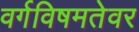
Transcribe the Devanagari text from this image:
वर्गविषमतेवर